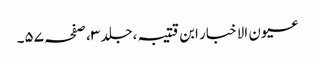
عیون الاخبار ابن قتیبہ ،جلد ٣، صفحہ ٥٧۔